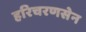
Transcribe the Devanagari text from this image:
हरिचरणसेन